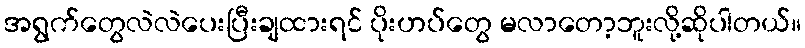
အရွက်တွေလဲလဲပေးပြီးချထားရင် ပိုးဟပ်တွေ မလာတော့ဘူးလို့ဆိုပါတယ်။